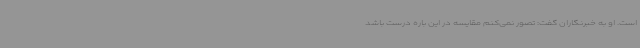
است. او به خبرنگاران گفت: تصور نمی‌کنم مقایسه در این باره درست باشد